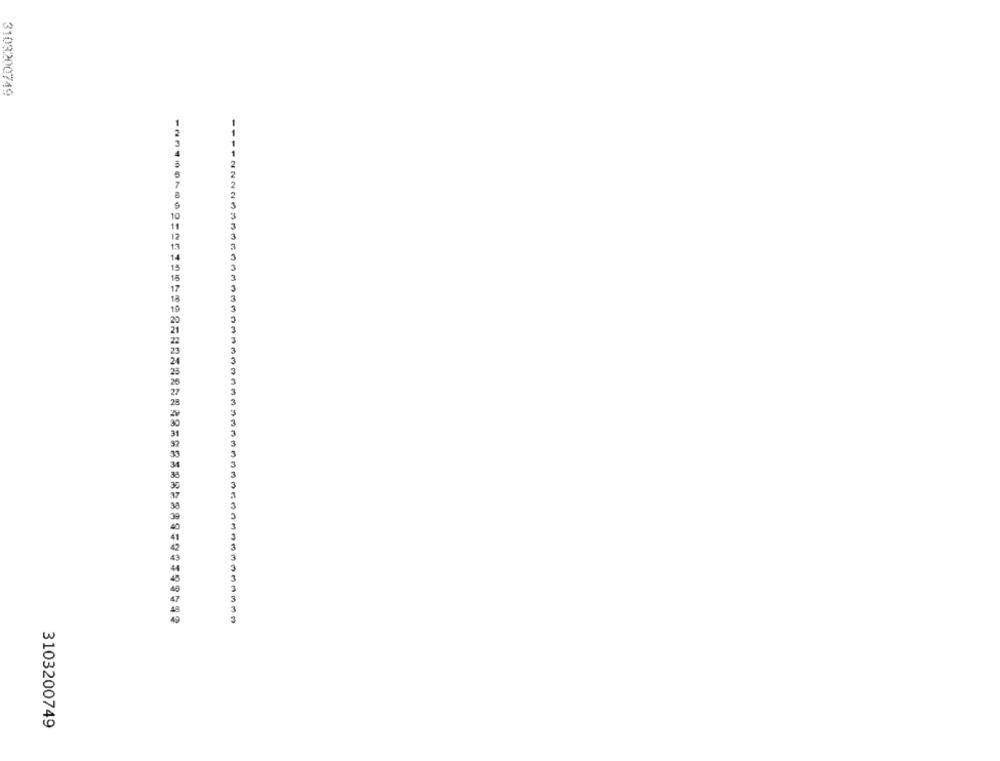
3103200749
3103200749